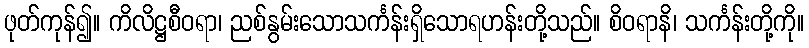
ဖုတ်ကုန်၍။ ကိလိဋ္ဌစီဝရာ၊ ညစ်နွမ်းသောသင်္ကန်းရှိသောရဟန်းတို့သည်။ စိဝရာနိ၊ သင်္ကန်းတို့ကို။